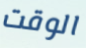
الوقت